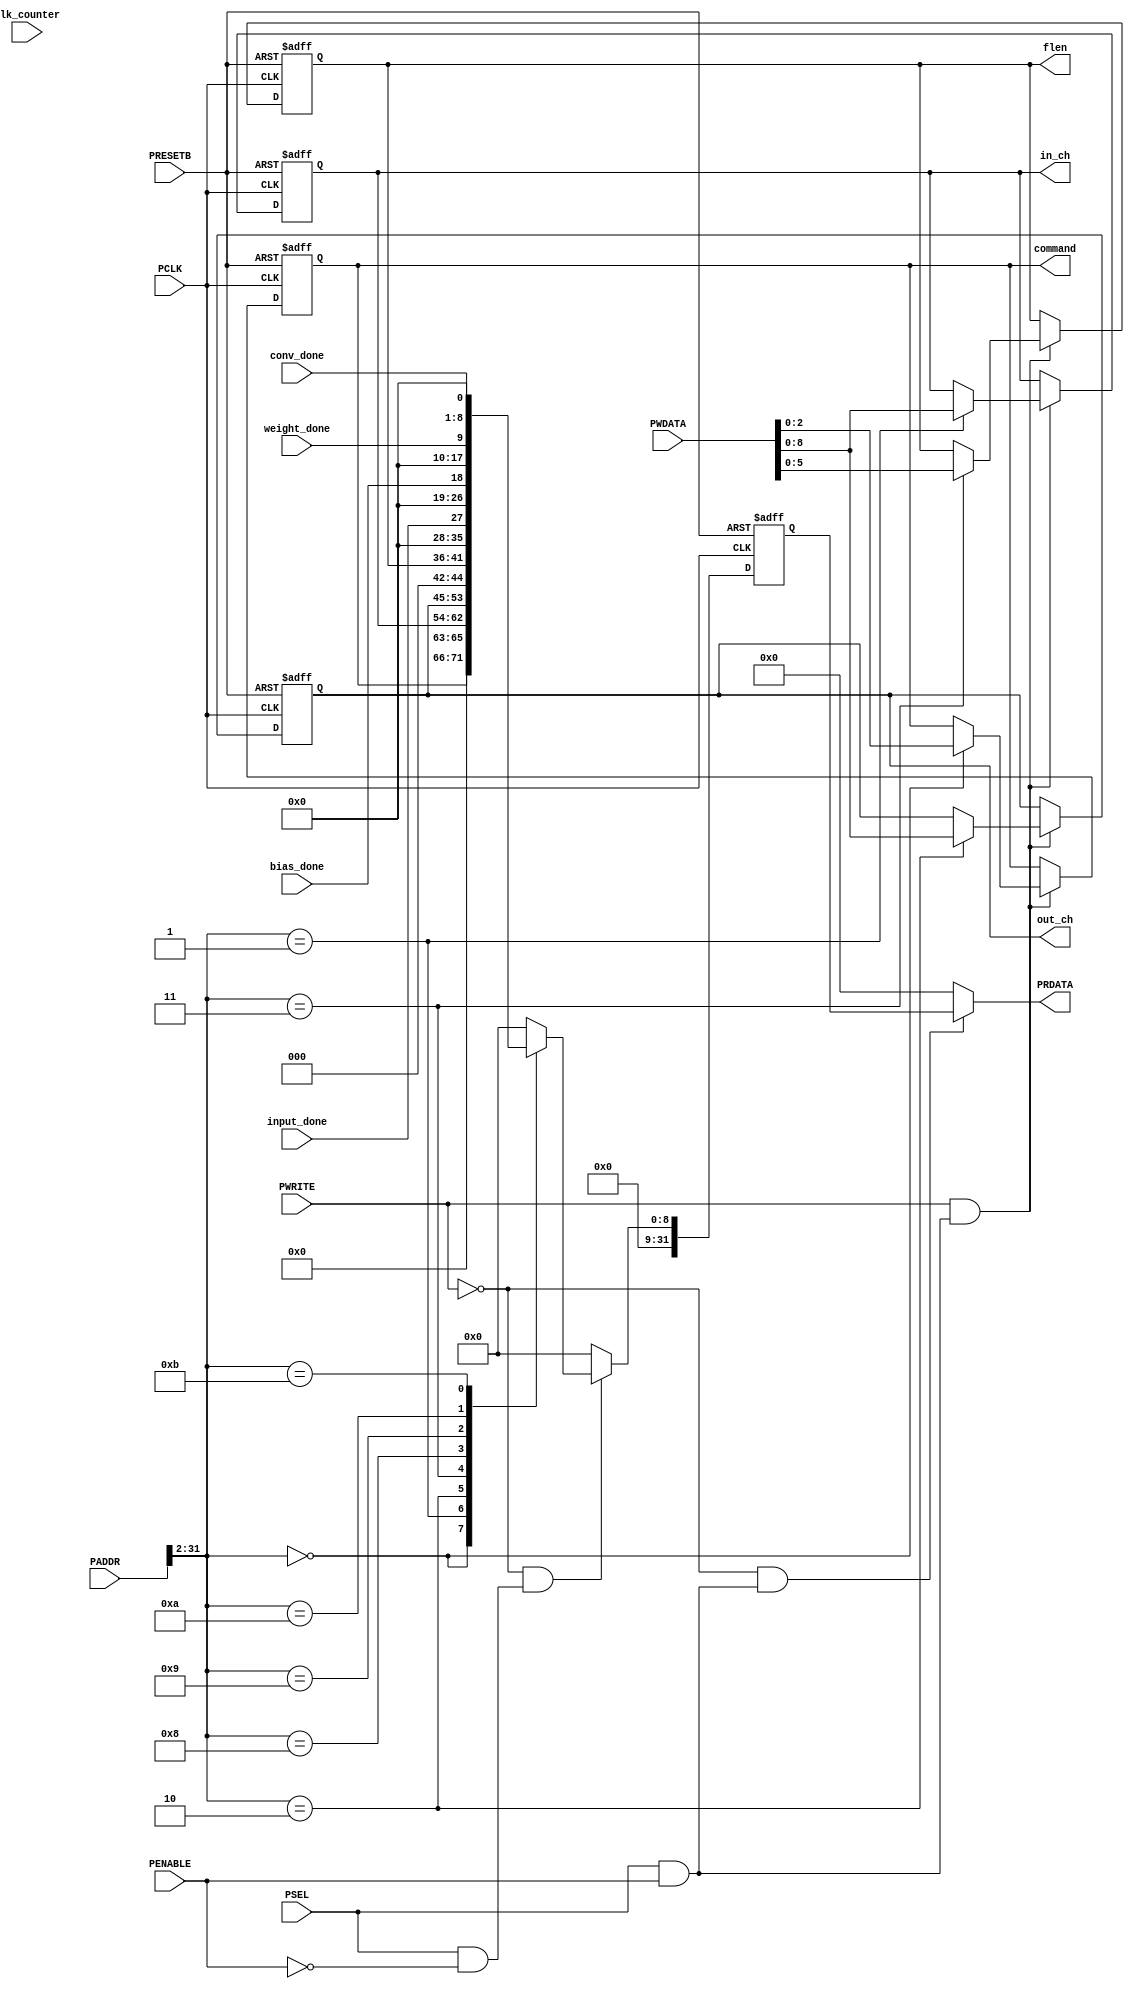
module apb_conv
 
    ( 
    // CPU Interface Input (APB bus interface) 
    input wire          PCLK,       // APB clock 
    input wire          PRESETB,    // APB asynchronous reset (0: reset, 1: normal) 
    input wire [31:0]   PADDR,      // APB address 
    input wire          PSEL,       // APB select 
    input wire          PENABLE,    // APB enable 
    input wire          PWRITE,     // APB write enable 
    input wire [31:0]   PWDATA,     // APB write data 
    input wire [31:0]   clk_counter,
    input wire [0:0]    conv_done,
    
    output reg[5:0] flen,
    output reg[8:0] in_ch,
    output reg[8:0] out_ch,
    output reg[2:0] command,
    input wire input_done,
    input wire bias_done,
    input wire weight_done,
    // CPU Interface Output (APB bus interface)
    output wire [31:0]  PRDATA 
    ); 

    wire              state_enable;
    wire              state_enable_pre;
    reg [31:0]        prdata_reg;
 
    assign state_enable = PSEL & PENABLE;
    assign state_enable_pre = PSEL & ~PENABLE;

    // READ OUTPUT
    always @(posedge PCLK, negedge PRESETB) begin
      if (PRESETB == 1'b0) begin
        prdata_reg <= 32'h00000000;
      end
      else begin
        if (~PWRITE & state_enable_pre) begin
          case ({PADDR[31:2], 2'h0})
            /*READOUT*/
            32'h00000000 : prdata_reg <= command;
            32'h00000004 : prdata_reg <= in_ch;
            32'h00000008 : prdata_reg <= out_ch;
            32'h0000000c : prdata_reg <= flen;
            32'h00000020 : prdata_reg <= input_done;
            32'h00000024 : prdata_reg <= bias_done;
            32'h00000028 : prdata_reg <= weight_done;
            32'h0000002c : prdata_reg <= conv_done;
            
            default: prdata_reg <= 32'h0; 
          endcase 
        end 
        else begin 
          prdata_reg <= 32'h0; 
        end 
      end 
    end 

    assign PRDATA = (~PWRITE & state_enable) ? prdata_reg : 32'h00000000;

    // WRITE ACCESS 
    always @(posedge PCLK, negedge PRESETB) begin 
      if (PRESETB == 1'b0) begin 
        /*WRITERES*/
        command <= 0;
        in_ch <= 0;
        out_ch <= 0;
        flen <= 0;
        
      end 
      else begin 
        if (PWRITE & state_enable) begin 
          case ({PADDR[31:2], 2'h0}) 
            /*WRITEIN*/
            32'h00000000 : begin
              command <= PWDATA;
            end
            32'h00000004 : begin
              in_ch <= PWDATA;
            end
            32'h00000008 : begin
              out_ch <= PWDATA;
            end
            32'h0000000c : begin
              flen <= PWDATA;
            end
            default: ; 
          endcase 
        end 
      end 
    end 
 
endmodule